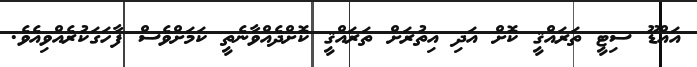
އައްޑޫ ސިޓީ ތަރައްޤީ ކޮޮށް އަދި އިތުރަށް ތަރައްޤީ ކޮށްދެއްވާނެތީ ކަަމަށްވެސް ފާހަގަކުރެއްވިއެވެ.